Veski_algkool, lk 25
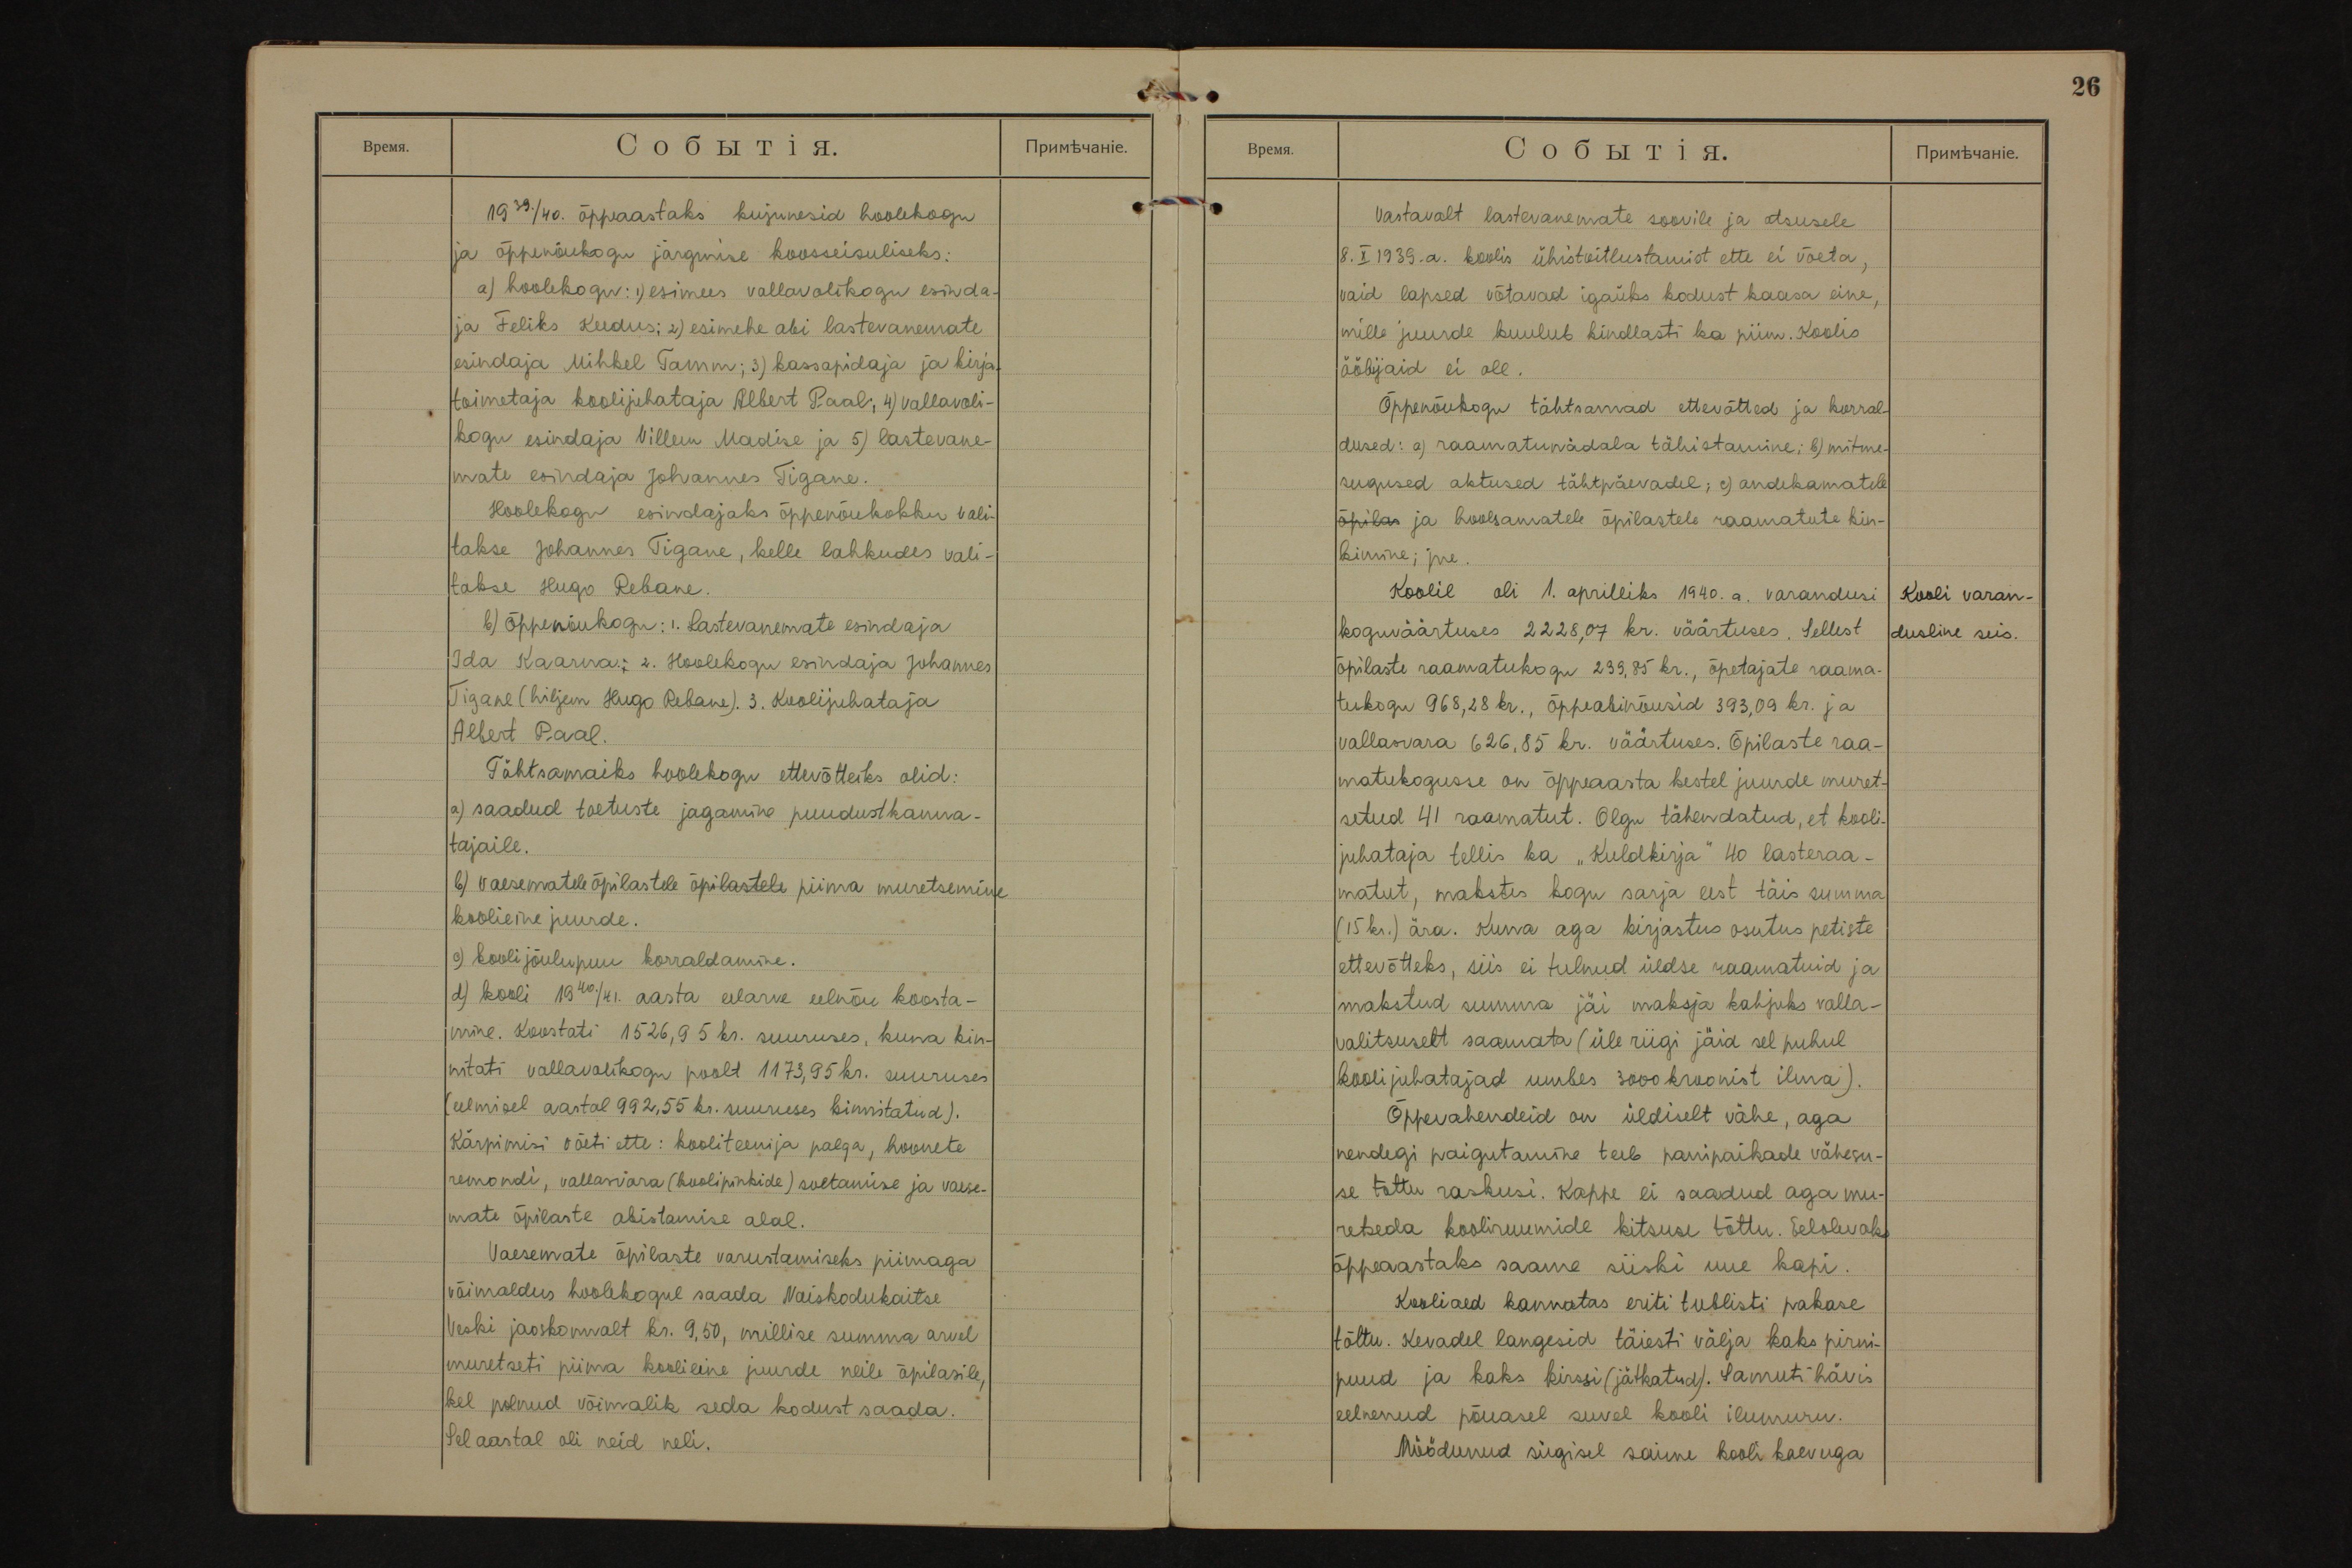
1939./40. õppeaastaks kujunesid hoolekogu
ja õppenõukogu järgmise koosseisuliseks:
a) hoolekogu: 1) esimees vallavolikogu esinda-
ja Feliks Keedus; 2) esimehe abi lastevanemate
esindaja Mihkel Tamm; 3) kassapidaja ja kirja-
toimetaja koolijuhataja Albert Paal; 4) vallavoli-
kogu esindaja Villem Madise ja 5) lastevane-
mate esindaja Johannes Tigane.
Hoolekogu esindajaks õppenõukokku vali-
takse Johannes Tigane, kelle lahkudes vali-
takse Hugo Rebane.
b) Õppenõukogu: 1. Lastevanemate esindaja
Ida Kaarna. 2. Hoolekogu esindaja Johannes
Tigane (hiljem Hugo Rebane). 3. Koolijuhataja
Albert Paal.
Tähtsamaiks hoolekogu ettevõtteiks olid:
a) saadud toetuste jagamine puudustkanna-
tajaile.
b) vaesematele õpilastele õpilastele piima muretsemine
koolieine juurde.
c) kooli jõulupuu korraldamine.
d) kooli 1940./41. aasta eelarve eelnõu koosta-
mine. Koostati 1526,95 kr. suuruses, kuna kin-
nitati vallavolikogu poolt 1173,95 kr. suuruses
(eelmisel aastal 992,55 kr. suuruses kinnitatud).
Kärpimisi võeti ette: kooliteenija palga, hoonete
remondi, vallasvara (koolipinkide) soetamise ja vaese-
mate õpilaste abistamise alal.
Vaesemate õpilaste varustamiseks piimaga
võimaldus hoolekogul saada Naiskodukaitse
Veski jaoskonnalt kr. 9,50, millise summa arvel
muretseti piima koolieine juurde neile õpilasile,
kel polnud võimalik seda kodust saada.
Sel aastal oli neid neli.

26
Vastavalt lastevanemate soovile ja otsusele
8. X 1939.a. koolis ühistoitlustamist ette ei võeta,
vaid lapsed võtavad igaüks kodust kaasa eine,
mille juurde kuulub kindlasti ka piim. Koolis
ööbijaid ei ole.
Õppenõukogu tähtsamad ettevõtted ja korral-
dused: a) raamatunädala tähistamine; b) mitme-
sugused aktused tähtpäevadel; c) andekamatele
õpilas ja hoolsamatele õpilastele raamatute kin-
kimine; jne.
Kooli varan-
dusline seis.
Koolil oli 1. aprilliks 1940. a. varandusi
koguväärtuses 2228,07 kr. väärtuses. Sellest
õpilaste raamatukogu 239,85 kr., õpetajate raama-
tukogu 968,28 kr., õppeabinõusid 393,39 kr. ja
vallasvara 626,85 kr. väärtuses. Õpilaste raa-
matukogusse on õppeaasta kestel juurde muret-
setud 41 raamatut. Olgu tähendatud, et kooli-
juhataja tellis ka "Kuldkirja" 40 lasteraa-
matut, makstes kogu sarja eest täis summa.
(15 kr.) ära. Kuna aga kirjastus osutus petiste
ettevõtteks, siis ei tulnud üldse raamatuid ja
makstud summa jäi maksja kahjuks valla-
valitsuselt saamata (üle riigi jäid sel puhul
koolijuhatajad umbes 3000 kroonist ilma).
Õppevahendeid on üldiselt vähe, aga
nendegi paigutamine teeb panipaikade vähesu-
se tõttu raskusi. Kappe ei saadud aga mu-
retseda kooliruumide kitsuse tõttu. Eelolevaks
õppeaastaks saame siiski uue kapi.
Kooliaed kannatas eriti tublisti pakase
tõttu. Kevadel langesid täiesti välja kaks pirni-
puud ja kaks kirssi (jätkatud). Samuti hävis
eelnenud põuasel suvel kooli ilumuru.
Möödunud sügisel saime kooli kaevuga